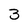
Character: 3